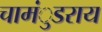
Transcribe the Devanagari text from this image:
चामंुडराय